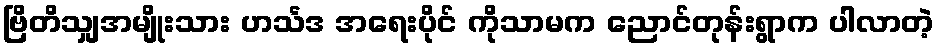
ဗြိတိသျှအမျိုးသား ဟင်္သဒ အရေးပိုင် ကိုသာမက ညောင်တုန်းရွာက ပါလာတဲ့